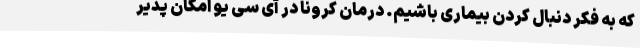
که به فکر دنبال کردن بیماری باشیم. درمان کرونا در آی سی یو امکان پذیر